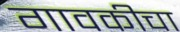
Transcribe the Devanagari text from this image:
गावकीचा